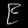
Digit: ၉